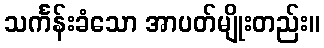
သင်္ကန်းခံသော အာပတ်မျိုးတည်း။